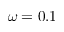
\omega = 0 . 1